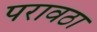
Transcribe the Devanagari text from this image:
परावठा